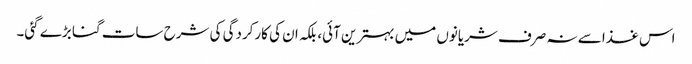
اس غذا سے نہ صرف شریانوں میں بہترین آئی، بلکہ ان کی کارکردگی کی شرح سات گنا بڑے گئی۔